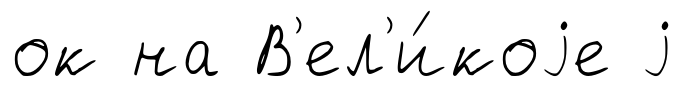
ок на В'ел'и́коjе j